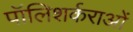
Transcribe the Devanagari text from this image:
पॉलिशर्कराओं